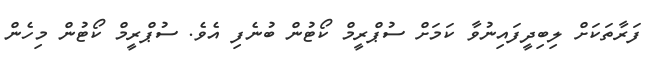
ފަރާތަކަށް ލިބިދީފައިނުވާ ކަމަށް ސުޕްރީމް ކޯޓުން ބުނެފި އެވެ. ސުޕްރީމް ކޯޓުން މިހެން